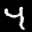
Label: 4